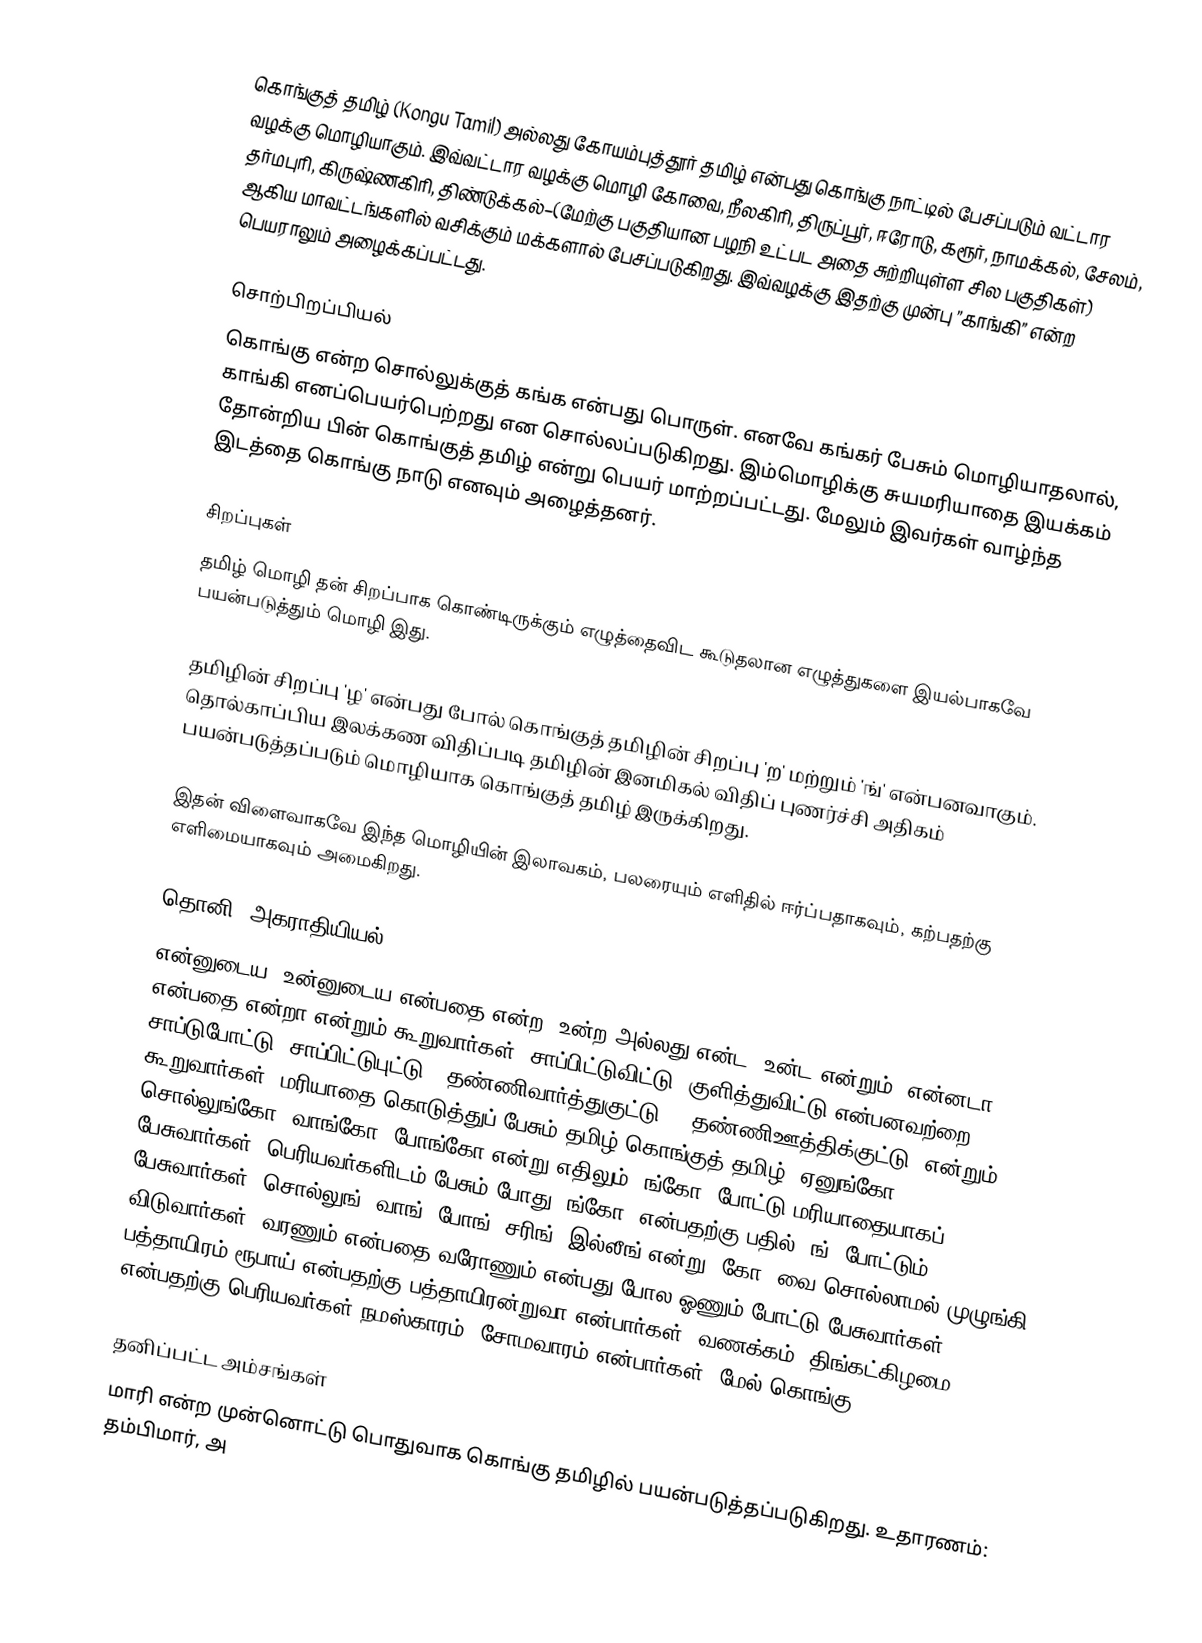
கொங்குத் தமிழ் (Kongu Tamil) அல்லது கோயம்புத்தூர் தமிழ் என்பது  கொங்கு நாட்டில் பேசப்படும் வட்டார வழக்கு மொழியாகும். இவ்வட்டார வழக்கு மொழி கோவை, நீலகிரி, திருப்பூர், ஈரோடு, கரூர், நாமக்கல், சேலம், தர்மபுரி, கிருஷ்ணகிரி, திண்டுக்கல்–(மேற்கு பகுதியான பழநி உட்பட அதை சுற்றியுள்ள சில பகுதிகள்) ஆகிய மாவட்டங்களில் வசிக்கும் மக்களால் பேசப்படுகிறது. இவ்வழக்கு இதற்கு முன்பு ”காங்கி” என்ற பெயராலும் அழைக்கப்பட்டது.

சொற்பிறப்பியல்
கொங்கு என்ற சொல்லுக்குத் கங்க என்பது பொருள். எனவே கங்கர் பேசும் மொழியாதலால், காங்கி எனப்பெயர்பெற்றது என சொல்லப்படுகிறது. இம்மொழிக்கு சுயமரியாதை இயக்கம் தோன்றிய பின் கொங்குத் தமிழ் என்று பெயர் மாற்றப்பட்டது. மேலும் இவர்கள் வாழ்ந்த இடத்தை கொங்கு நாடு எனவும் அழைத்தனர்.

சிறப்புகள்
தமிழ் மொழி தன் சிறப்பாக கொண்டிருக்கும் எழுத்தைவிட கூடுதலான எழுத்துகளை இயல்பாகவே பயன்படுத்தும் மொழி இது.

தமிழின் சிறப்பு 'ழ' என்பது போல் கொங்குத் தமிழின் சிறப்பு 'ற' மற்றும் 'ங்' என்பனவாகும். தொல்காப்பிய இலக்கண விதிப்படி தமிழின் இனமிகல் விதிப் புணர்ச்சி அதிகம் பயன்படுத்தப்படும் மொழியாக கொங்குத் தமிழ் இருக்கிறது.

இதன் விளைவாகவே இந்த மொழியின் இலாவகம், பலரையும் எளிதில் ஈர்ப்பதாகவும், கற்பதற்கு எளிமையாகவும் அமைகிறது.

தொனி, அகராதியியல்
என்னுடைய, உன்னுடைய என்பதை என்ற, உன்ற  அல்லது என்ட, உன்ட என்றும், என்னடா என்பதை என்றா என்றும் கூறுவார்கள். சாப்பிட்டுவிட்டு, குளித்துவிட்டு என்பனவற்றை சாப்டுபோட்டு, சாப்பிட்டுபுட்டு, "தண்ணிவார்த்துகுட்டு”, 'தண்ணிஊத்திக்குட்டு' என்றும் கூறுவார்கள். மரியாதை கொடுத்துப் பேசும் தமிழ் கொங்குத் தமிழ். ஏனுங்கோ, சொல்லுங்கோ, வாங்கோ, போங்கோ என்று எதிலும் 'ங்கோ' போட்டு மரியாதையாகப் பேசுவார்கள். பெரியவர்களிடம் பேசும் போது 'ங்கோ' என்பதற்கு பதில் 'ங்' போட்டும் பேசுவார்கள். சொல்லுங், வாங், போங், சரிங், இல்லீங் என்று 'கோ' வை சொல்லாமல் முழுங்கி விடுவார்கள். வரணும் என்பதை வரோணும் என்பது போல ஓணும் போட்டு பேசுவார்கள். பத்தாயிரம் ரூபாய் என்பதற்கு பத்தாயிரன்றுவா என்பார்கள். வணக்கம், திங்கட்கிழமை என்பதற்கு பெரியவர்கள் நமஸ்காரம், சோமவாரம் என்பார்கள் (மேல் கொங்கு).

தனிப்பட்ட அம்சங்கள்
மாரி என்ற முன்னொட்டு பொதுவாக கொங்கு தமிழில் பயன்படுத்தப்படுகிறது. உதாரணம்: தம்பிமார், அ